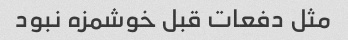
مثل دفعات قبل خوشمزه نبود